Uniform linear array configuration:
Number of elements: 16
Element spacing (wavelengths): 1
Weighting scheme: uniform
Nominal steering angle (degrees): -45
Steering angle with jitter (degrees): -46.65
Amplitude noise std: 0.05
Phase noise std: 0.05

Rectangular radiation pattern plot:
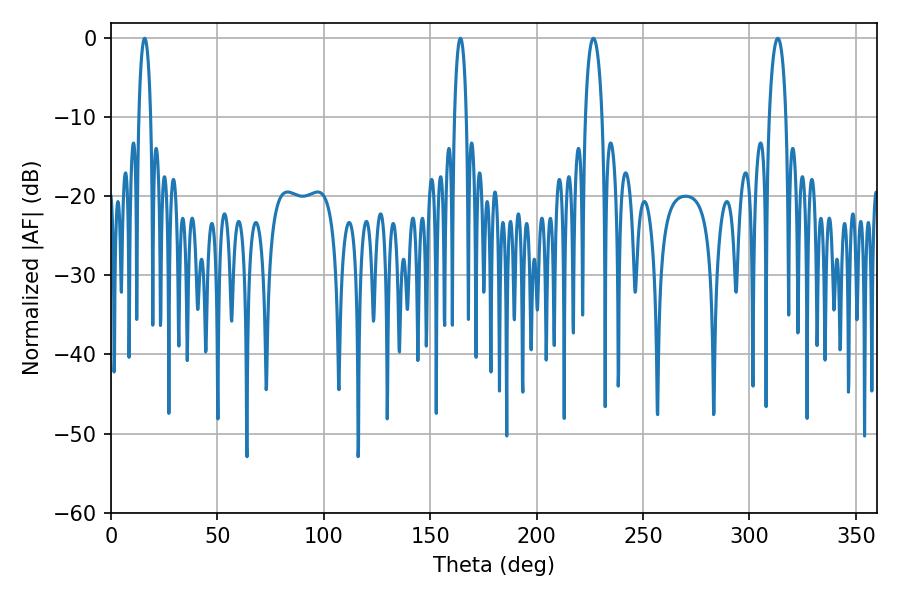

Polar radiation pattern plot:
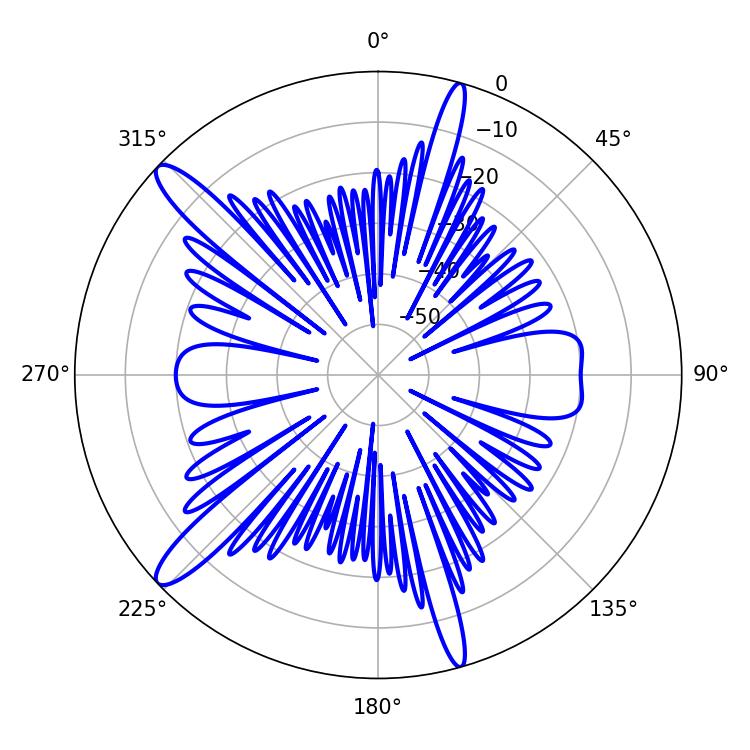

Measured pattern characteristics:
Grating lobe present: TRUE
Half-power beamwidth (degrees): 3.24
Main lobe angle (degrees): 164.16